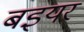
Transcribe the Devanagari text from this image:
बइयर